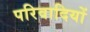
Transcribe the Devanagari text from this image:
परिवादियों